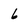
Character: 6